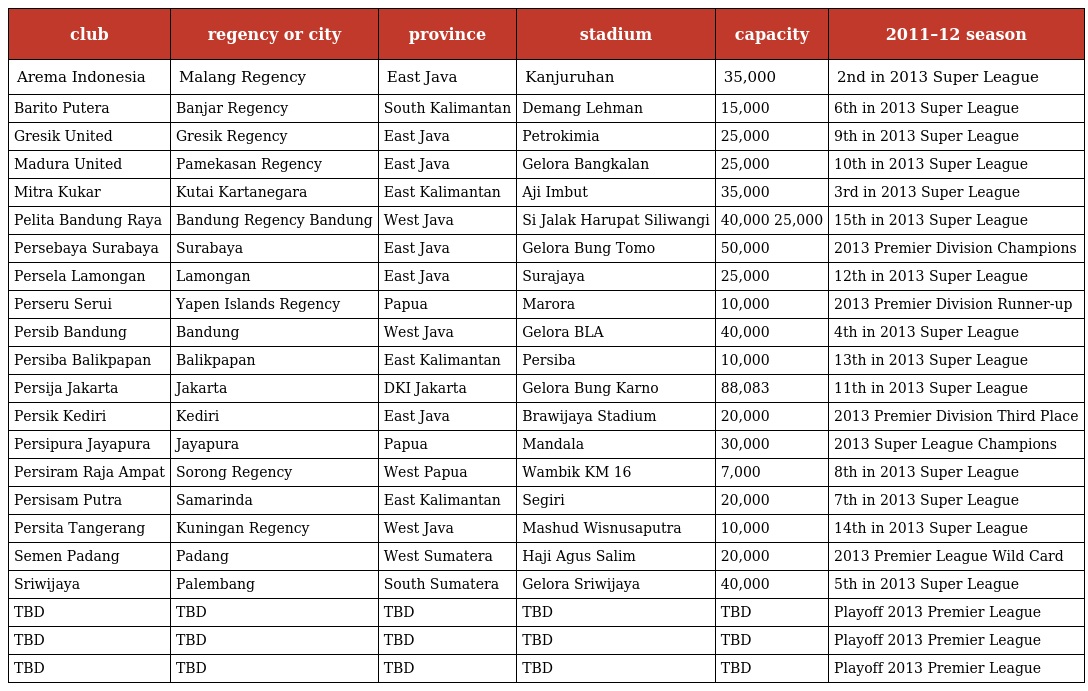
| club | regency or city | province | stadium | capacity | 2011–12 season |
 | --- | --- | --- | --- | --- | --- |
 | Arema Indonesia | Malang Regency | East Java | Kanjuruhan | 35,000 | 2nd in 2013 Super League |
 | Barito Putera | Banjar Regency | South Kalimantan | Demang Lehman | 15,000 | 6th in 2013 Super League |
 | Gresik United | Gresik Regency | East Java | Petrokimia | 25,000 | 9th in 2013 Super League |
 | Madura United | Pamekasan Regency | East Java | Gelora Bangkalan | 25,000 | 10th in 2013 Super League |
 | Mitra Kukar | Kutai Kartanegara | East Kalimantan | Aji Imbut | 35,000 | 3rd in 2013 Super League |
 | Pelita Bandung Raya | Bandung Regency Bandung | West Java | Si Jalak Harupat Siliwangi | 40,000 25,000 | 15th in 2013 Super League |
 | Persebaya Surabaya | Surabaya | East Java | Gelora Bung Tomo | 50,000 | 2013 Premier Division Champions |
 | Persela Lamongan | Lamongan | East Java | Surajaya | 25,000 | 12th in 2013 Super League |
 | Perseru Serui | Yapen Islands Regency | Papua | Marora | 10,000 | 2013 Premier Division Runner-up |
 | Persib Bandung | Bandung | West Java | Gelora BLA | 40,000 | 4th in 2013 Super League |
 | Persiba Balikpapan | Balikpapan | East Kalimantan | Persiba | 10,000 | 13th in 2013 Super League |
 | Persija Jakarta | Jakarta | DKI Jakarta | Gelora Bung Karno | 88,083 | 11th in 2013 Super League |
 | Persik Kediri | Kediri | East Java | Brawijaya Stadium | 20,000 | 2013 Premier Division Third Place |
 | Persipura Jayapura | Jayapura | Papua | Mandala | 30,000 | 2013 Super League Champions |
 | Persiram Raja Ampat | Sorong Regency | West Papua | Wambik KM 16 | 7,000 | 8th in 2013 Super League |
 | Persisam Putra | Samarinda | East Kalimantan | Segiri | 20,000 | 7th in 2013 Super League |
 | Persita Tangerang | Kuningan Regency | West Java | Mashud Wisnusaputra | 10,000 | 14th in 2013 Super League |
 | Semen Padang | Padang | West Sumatera | Haji Agus Salim | 20,000 | 2013 Premier League Wild Card |
 | Sriwijaya | Palembang | South Sumatera | Gelora Sriwijaya | 40,000 | 5th in 2013 Super League |
 | TBD | TBD | TBD | TBD | TBD | Playoff 2013 Premier League |
 | TBD | TBD | TBD | TBD | TBD | Playoff 2013 Premier League |
 | TBD | TBD | TBD | TBD | TBD | Playoff 2013 Premier League |